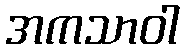
အကသာဝါ